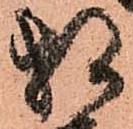
相